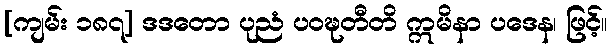
[ကျမ်း ၁၈၇] ဒဒတော ပုညံ ပဝဍ္ဎတီတိ ဣမိနာ ပဒေန၊ ဖြင့်။